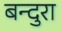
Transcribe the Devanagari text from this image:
बन्दुरा